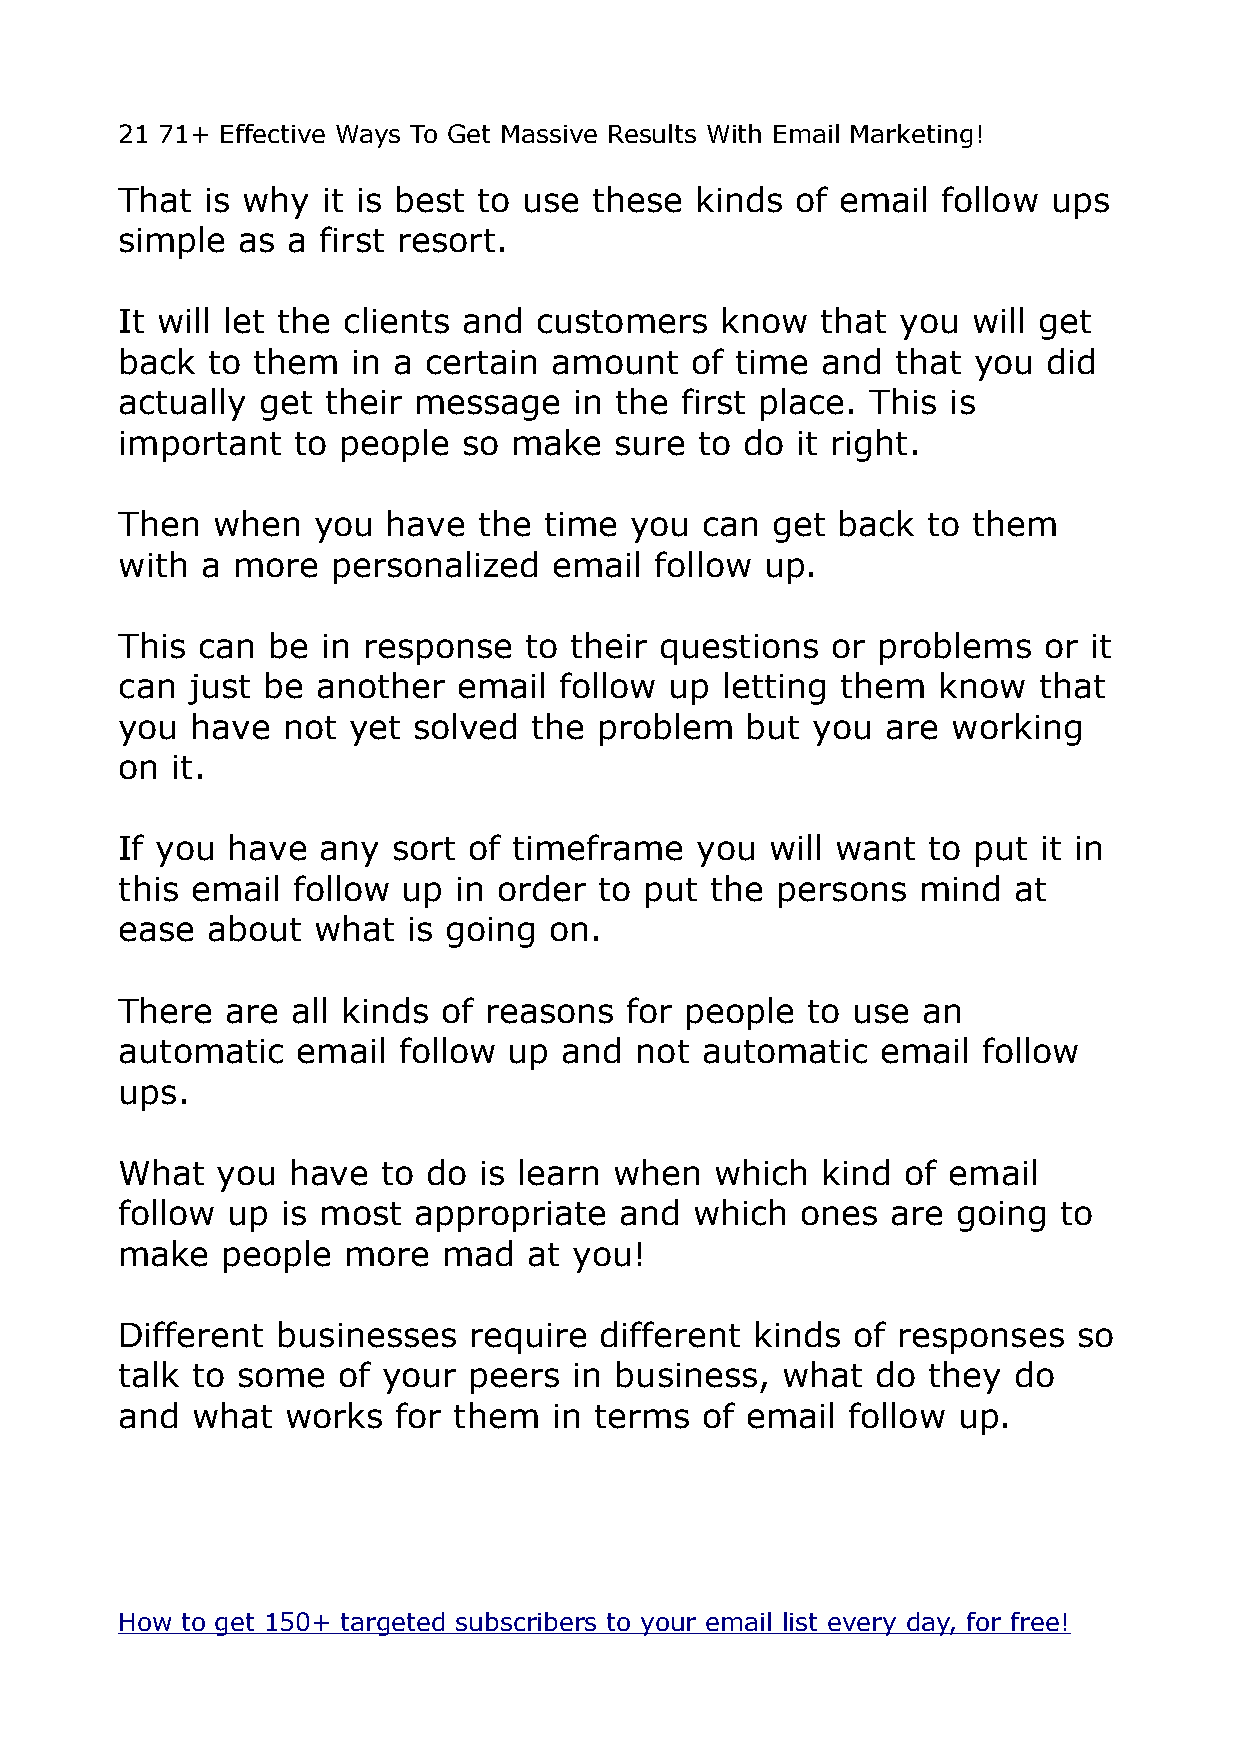
21 71+ Effective Ways To Get Massive Results With Email Marketing!
 That  is why it is best to use these  kinds  of email follow  ups
 simple  as a first resort.
 It will let the clients and customers   know  that  you will get
 back  to them  in a certain amount    of time and  that you  did
 actually get  their message   in the first place. This is
 important  to people   so make   sure to do  it right.
 Then  when   you  have  the time  you  can get back  to them
 with a more   personalized   email follow  up.
 This can  be in response   to their questions  or problems   or it
 can just be  another  email  follow up  letting them  know   that
 you  have  not yet solved  the  problem  but  you  are working
 on it.
 If you have  any  sort of timeframe   you  will want to put  it in
 this email follow  up in order  to put the persons   mind  at
 ease  about  what  is going on.
 There  are all kinds of reasons  for people  to use  an
 automatic   email follow  up and  not automatic   email  follow
 ups.
 What  you  have  to do  is learn when  which  kind  of email
 follow up  is most appropriate   and  which  ones  are going  to
 make   people  more  mad   at you!
 Different businesses   require  different kinds of responses   so
 talk to some  of your  peers  in business,  what  do they  do
 and  what  works  for them   in terms of email  follow up.
 How to get 150+ targeted subscribers to your email list every day, for free!